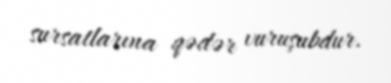
sursatlarına qədər vuruşubdur.